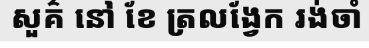
សួគ៌ នៅ ខែ ត្រលង្វែក រង់ចាំ